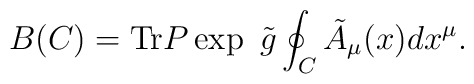
B(C) = {\rm Tr} P \exp \ \tilde{g} \oint_C \tilde{A}_\mu(x) dx^\mu.